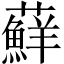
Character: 蘚